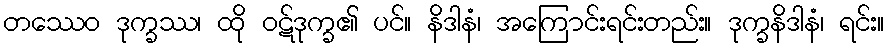
တဿေဝ ဒုက္ခဿ၊ ထို ဝဋ်ဒုက္ခ၏ ပင်။ နိဒါနံ၊ အကြောင်းရင်းတည်း။ ဒုက္ခနိဒါနံ၊ ရင်း။